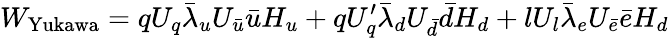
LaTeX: {W}_{\mathrm{Yukawa}}=qU_{q}\bar{\lambda}_{u}U_{\bar{u}}\bar{u}H_{u}+qU_{q}^{\prime}\bar{\lambda}_{d}U_{\bar{d}}\bar{d}H_{d}+lU_{l}\bar{\lambda}_{e}U_{\bar{e}}\bar{e}H_{d}